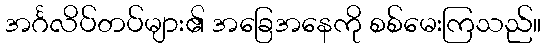
အင်္ဂလိပ်တပ်များ၏ အခြေအနေကို စစ်မေးကြသည်။